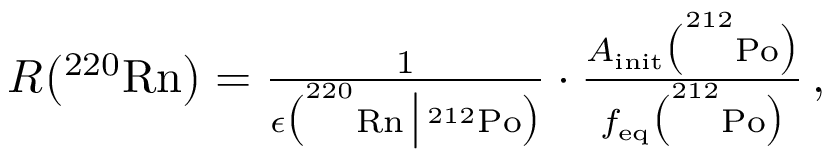
\begin{array} { r } { R \big ( \mathrm { ^ { 2 2 0 } R n } \big ) = \frac { 1 } { \epsilon \big ( ^ { 2 2 0 } \mathrm { R n } \, \big | \, ^ { 2 1 2 } \mathrm { P o } \big ) } \cdot \frac { A _ { \mathrm { i n i t } } \big ( ^ { 2 1 2 } \mathrm { P o } \big ) } { f _ { \mathrm { e q } } \big ( ^ { 2 1 2 } \mathrm { P o } \big ) } \, , } \end{array}